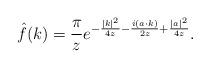
LaTeX: \begin{align*}\hat{f}(k)=\frac{\pi}{z}e^{-\frac{|k|^2}{4z}-\frac{i(a\cdot k)}{2z}+\frac{|a|^2}{4z}}. \end{align*}